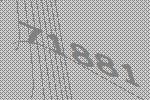
71881